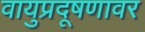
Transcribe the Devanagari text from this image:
वायुप्रदूषणावर